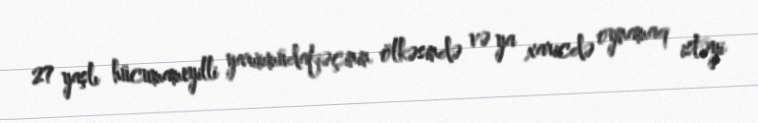
27 yaşlı hücumameyilli yarımmüdafiəçinin ölkəsində və ya xaricdə oynamaq istəyi